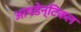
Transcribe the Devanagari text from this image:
आयडेन्टिकल